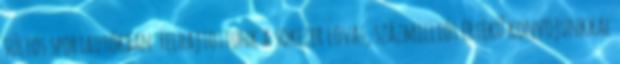
súlyos sportautókban. Felhajtottunk a sokezer lovas, százmilliós értékű konvojunkkal